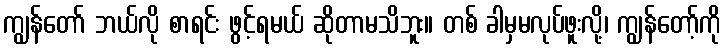
ကျွန်တော် ဘယ်လို စာရင်း ဖွင့်ရမယ် ဆိုတာမသိဘူး။ တစ် ခါမှမလုပ်ဖူးလို့၊ ကျွန်တော့်ကို